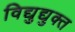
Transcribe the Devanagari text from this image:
विद्युद्युक्त